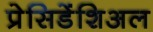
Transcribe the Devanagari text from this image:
प्रेसिडेंशिअल